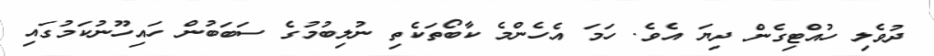
ދުވެލި ހުއްޓިގެން ދިޔަ އެވެ. ހަމަ އެހެންމެ ކާބޯތަކެތި ނުލިބުމުގެ ސަބަބުން ހައިހޫނުކަމުގައި